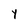
Character: y